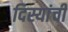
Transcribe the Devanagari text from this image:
दिस्यांची